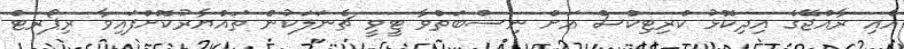
އެއި ރާއްޖޭގެ އިދިކޮޅު ކްރިޓިކްސް އަށް ނިސްބަތްވާ ޓީވީ ޗެނަލަކުން ތައްޔާރުކޮށްފައިވާ ރިޕޯރޓް